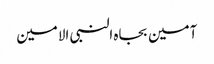
آمین بجاہ النبی الامین